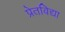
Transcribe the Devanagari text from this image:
प्रेतविद्या